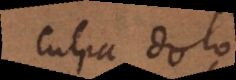
culpa dolo